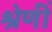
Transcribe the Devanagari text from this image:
श्रेणीं